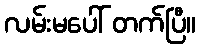
လမ်းမပေါ် တက်ပြီ။